65_HS1-834228961_62-HQ-83894_Section_1
Agency: FBI
Page 159
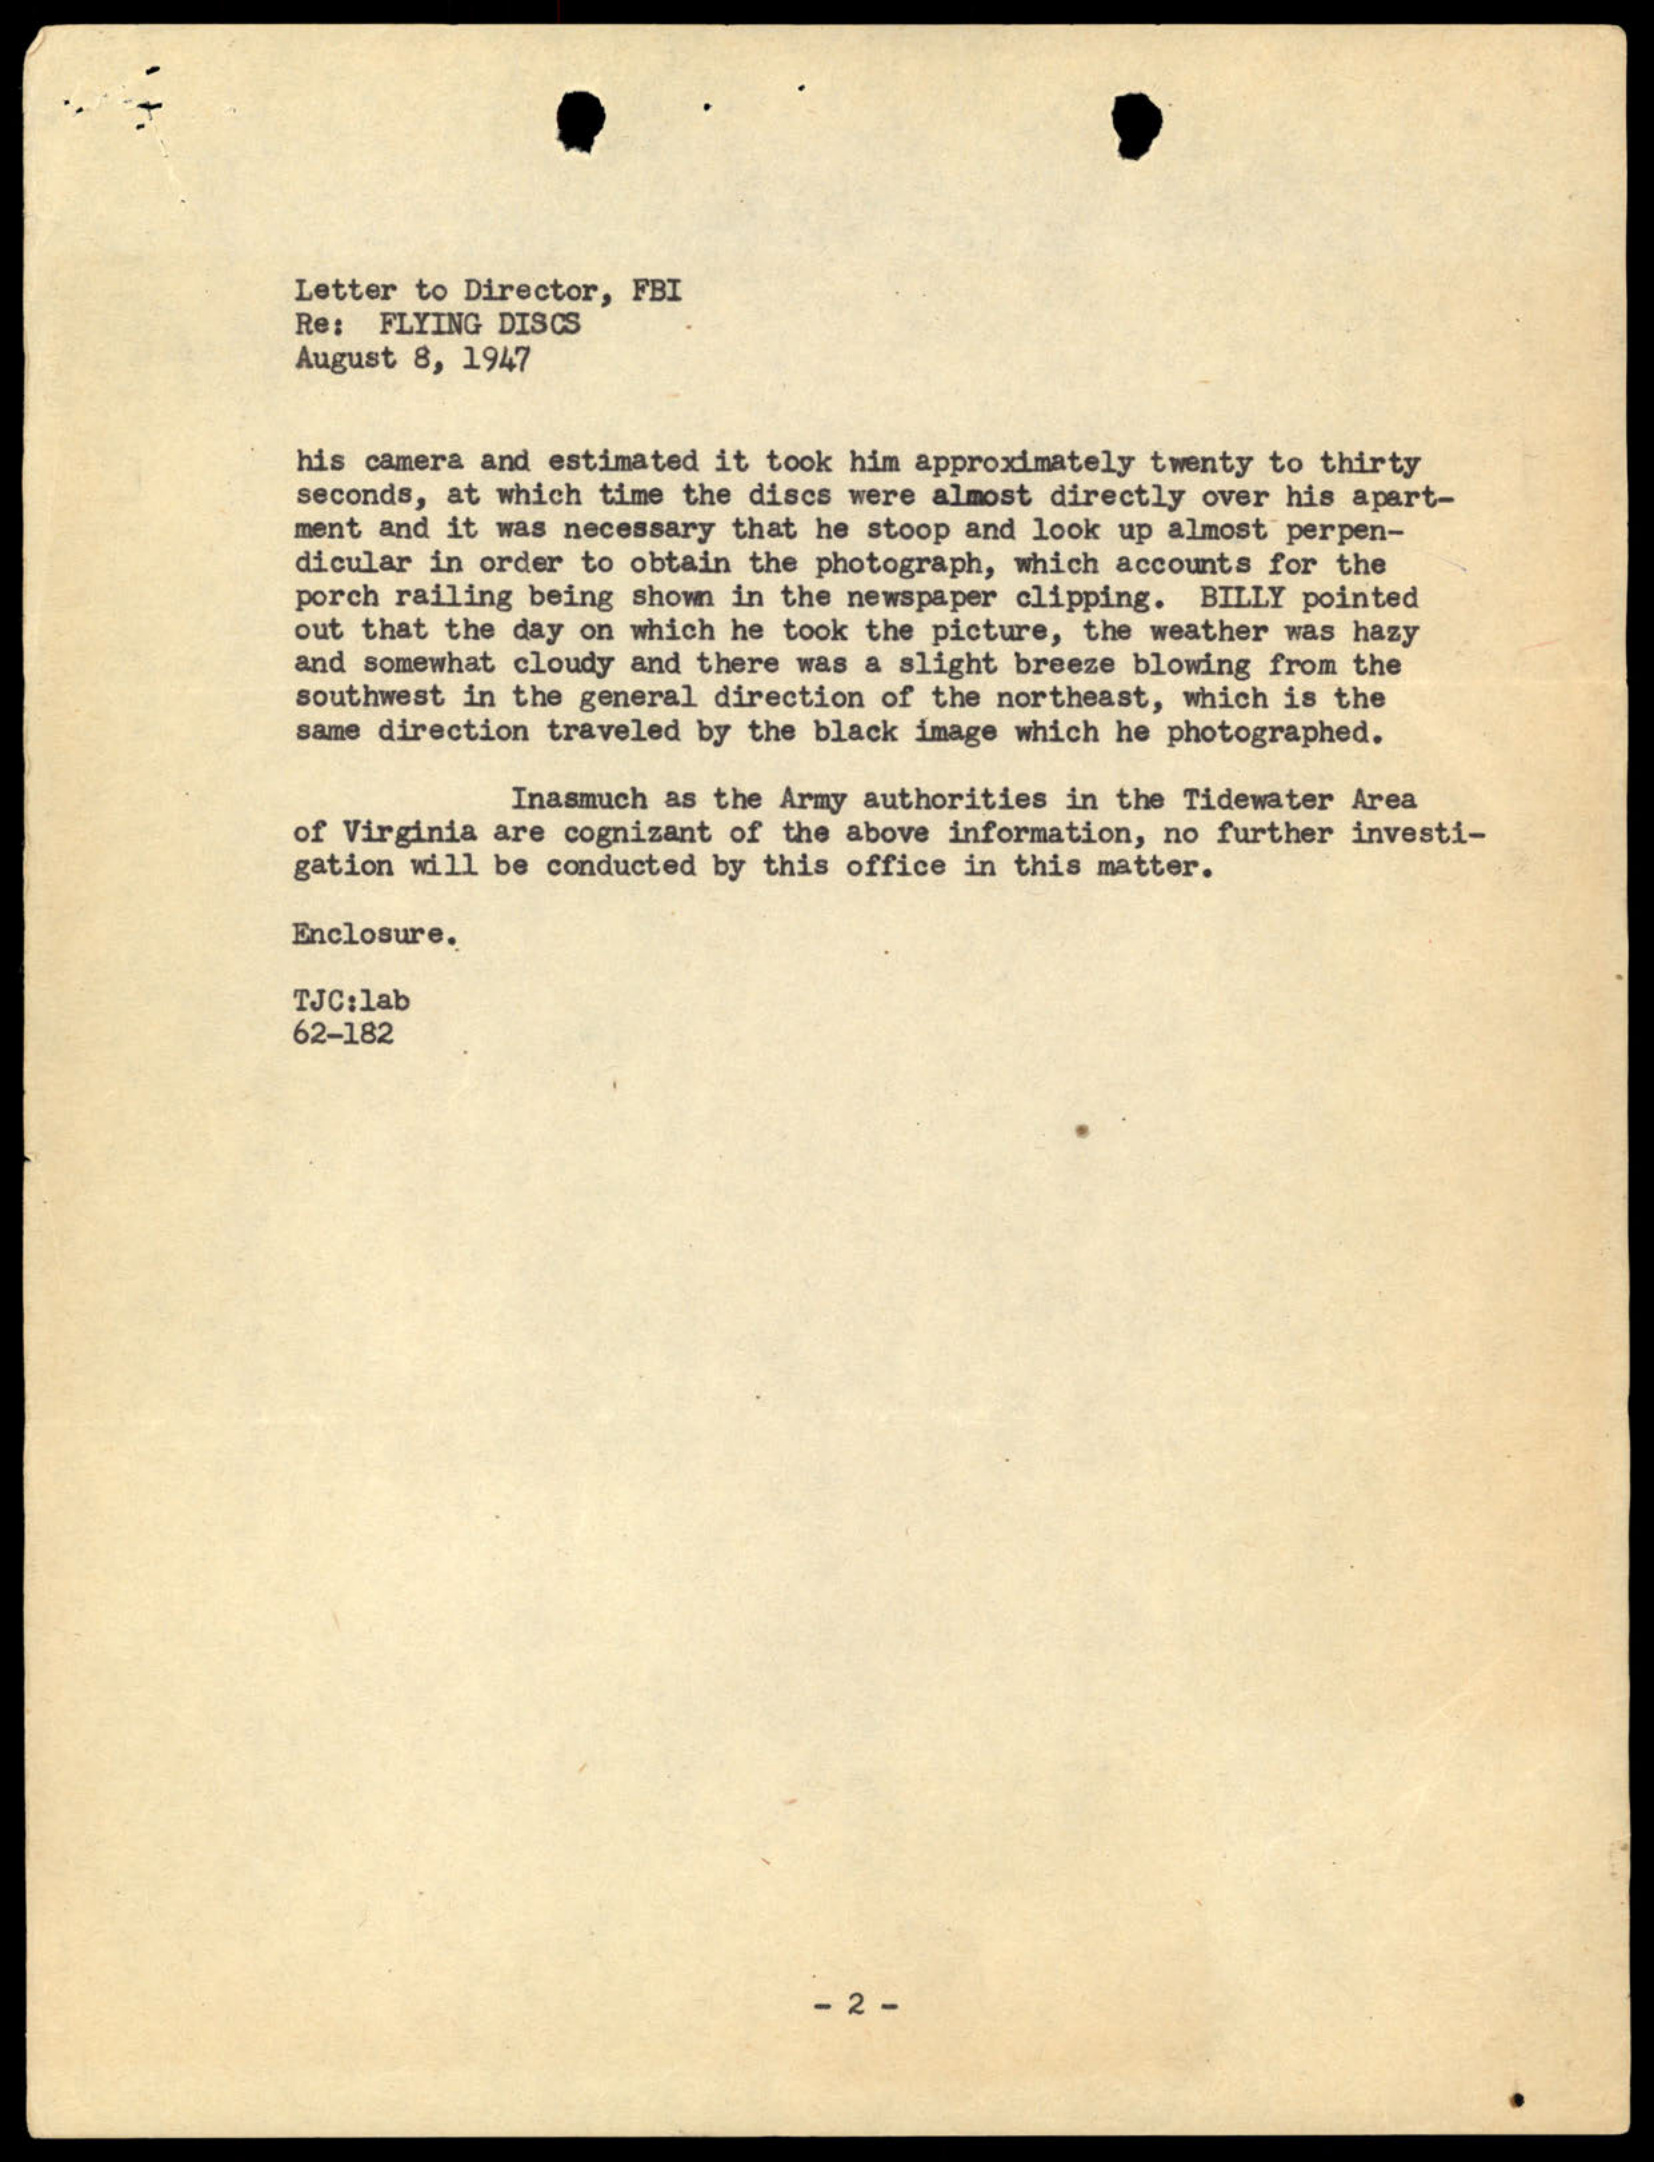